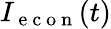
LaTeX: I_{\mathrm{~e~c~o~n~}}(t)